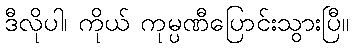
ဒီလိုပါ၊ ကိုယ် ကုမ္ပဏီပြောင်းသွားပြီ။